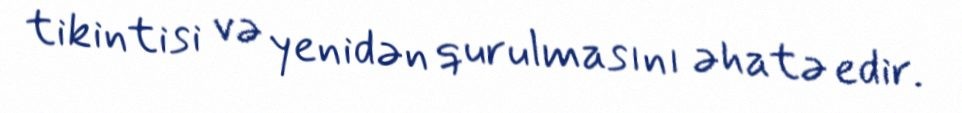
tikintisi və yenidən qurulmasını əhatə edir.